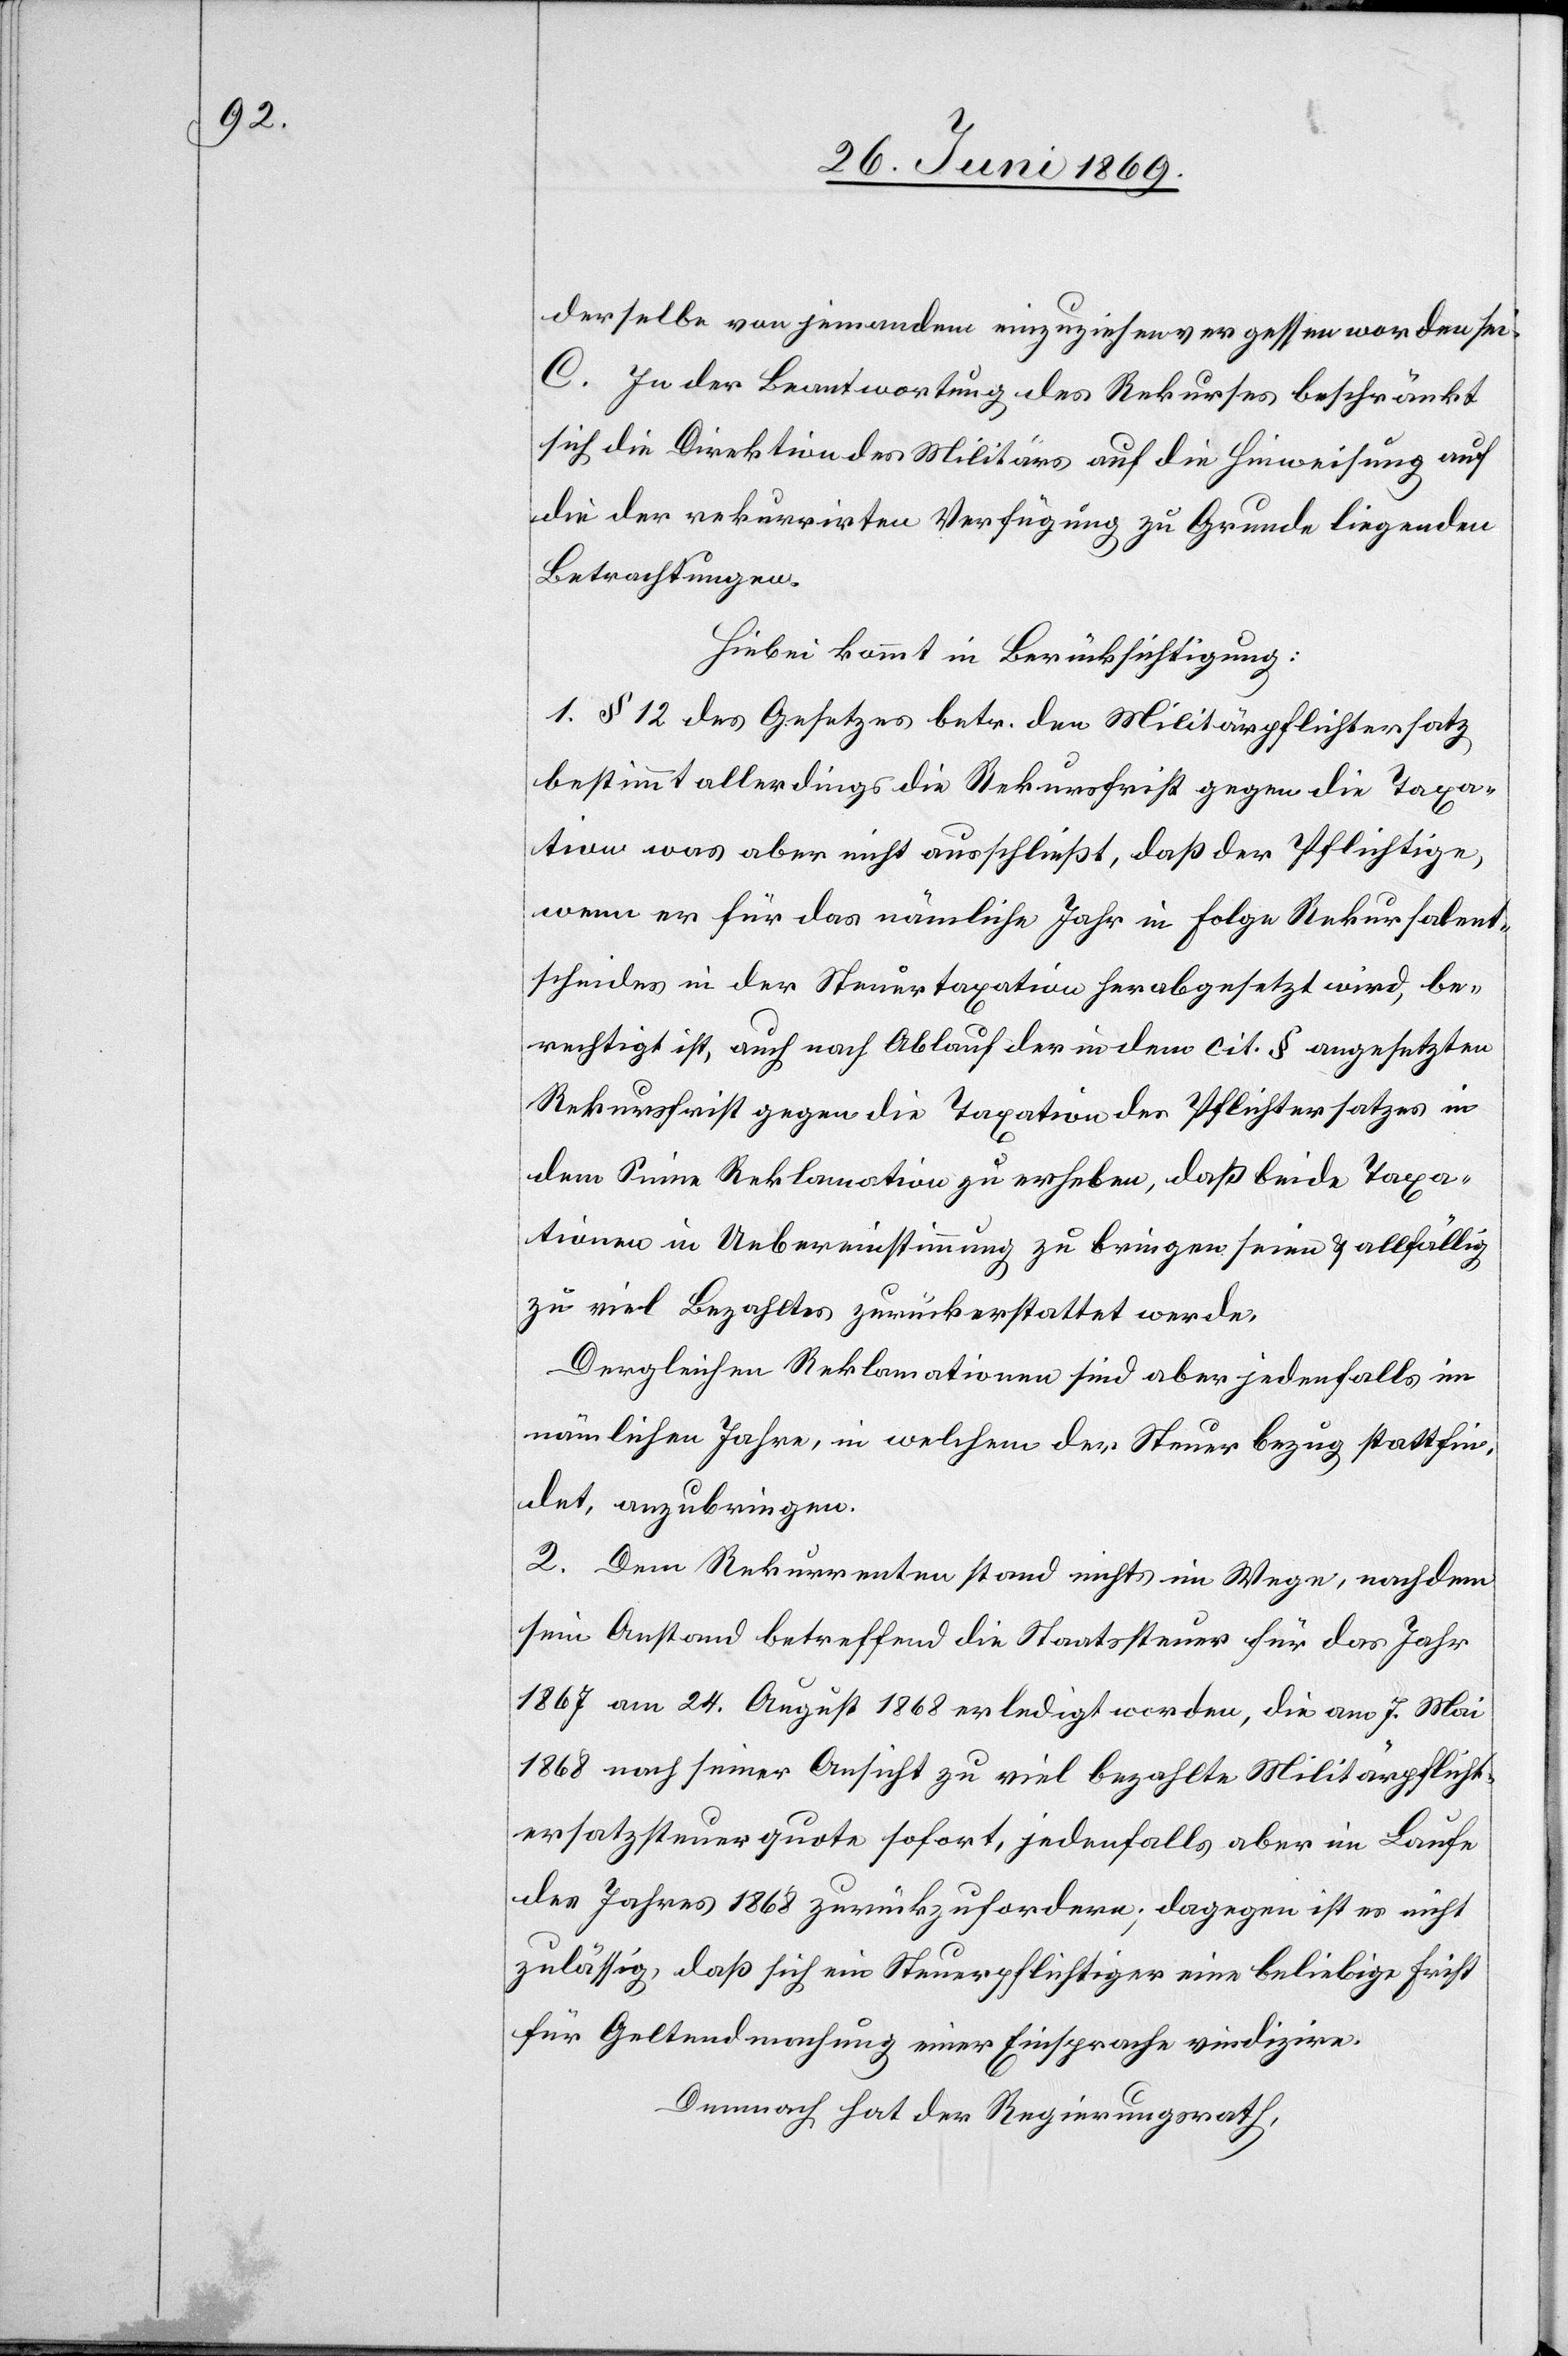
derselbe von jemandem einzuziehen vergessen worden sei.
C. In der Beantwortung des Rekurses beschränkt
sich die Direktion des Militärs auf die Hinweisung auf
die der rekurrirten Verfügung zu Grunde liegenden
Betrachtungen.
Hiebei kommt in Berücksichtigung:
1. § 12 des Gesetzes betr. den Militärpflichtersatz
bestimmt allerdings die Rekursfrist gegen die Taxa¬
tion was aber nicht ausschließt, daß der Pflichtige,
wenn er für das nämliche Jahr in Folge Rekursalent¬
scheides in der Steuertaxation herabgesetzt wird, be¬
rechtigt ist, auch nach Ablauf der in dem cit. § angesetzten
Rekursfrist gegen die Taxation des Pflichtersatzes in
dem Sinne Reklamation zu erheben, daß beide Taxa¬
tionen in Uebereinstimmung zu bringen seien u. allfällig
zu viel Bezahltes zurückerstattet werde.
Dergleichen Reklamationen sind aber jedenfalls im
nämlichen Jahre, in welchem der Steuerbezug stattfin¬
det, anzubringen.
2. Dem Rekurrenten stand nichts im Wege, nachdem
sein Anstand betreffend die Staatssteuer für das Jahr
1867 am 24 August 1868 erledigt worden, die am 7 Mai
1868 nach seiner Ansicht zu viel bezahlte Militärpflicht¬
ersatzsteuerquote sofort, jedenfalls aber im Laufe
des Jahres 1868 zurückzufordern; dagegen ist es nicht
zulässig, daß sich ein Steuerpflichtiger eine beliebige Frist
für Geltendmachung einer Einsprache vindizire.
Demnach hat der Regierungsrath,